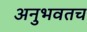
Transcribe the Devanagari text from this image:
अनुभवतच